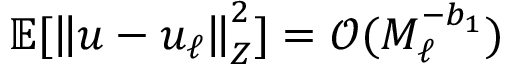
\mathbb { E } [ \left\Vert u - u _ { \ell } \right\Vert _ { Z } ^ { 2 } ] = \mathcal { O } ( M _ { \ell } ^ { - b _ { 1 } } )